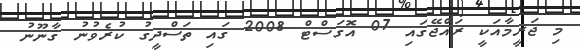
މި ޖަރީމާއަކީ ރައްޖޭގައި 07 އޮގަސްޓް 2008 ގައި ތަސްދީގު ކުރެވުނު ޤާނޫނު